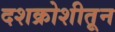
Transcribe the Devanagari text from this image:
दशक्रोशीतून